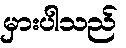
မှားပါသည်